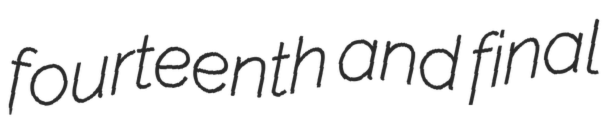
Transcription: fourteenth and final